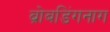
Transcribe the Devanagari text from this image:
ब्रोबडिंगनाग